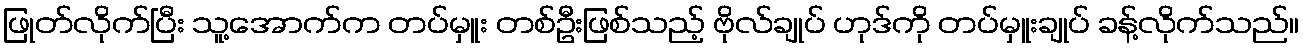
ဖြုတ်လိုက်ပြီး သူ့အောက်က တပ်မှူး တစ်ဦးဖြစ်သည့် ဗိုလ်ချုပ် ဟုဒ်ကို တပ်မှူးချုပ် ခန့်လိုက်သည်။